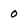
Character: 0